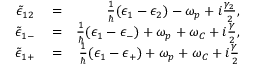
\begin{array} { r l r } { \tilde { \epsilon } _ { 1 2 } } & { { } = } & { \frac { 1 } { \hbar } ( \epsilon _ { 1 } - \epsilon _ { 2 } ) - \omega _ { p } + i \frac { \gamma _ { 2 } } { 2 } , } \\ { \tilde { \epsilon } _ { 1 - } } & { { } = } & { \frac { 1 } { \hbar } ( \epsilon _ { 1 } - \epsilon _ { - } ) + \omega _ { p } + \omega _ { C } + i \frac { \gamma } { 2 } , } \\ { \tilde { \epsilon } _ { 1 + } } & { { } = } & { \frac { 1 } { \hbar } ( \epsilon _ { 1 } - \epsilon _ { + } ) + \omega _ { p } + \omega _ { C } + i \frac { \gamma } { 2 } } \end{array}